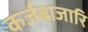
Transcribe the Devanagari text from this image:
कर्जबाजारि